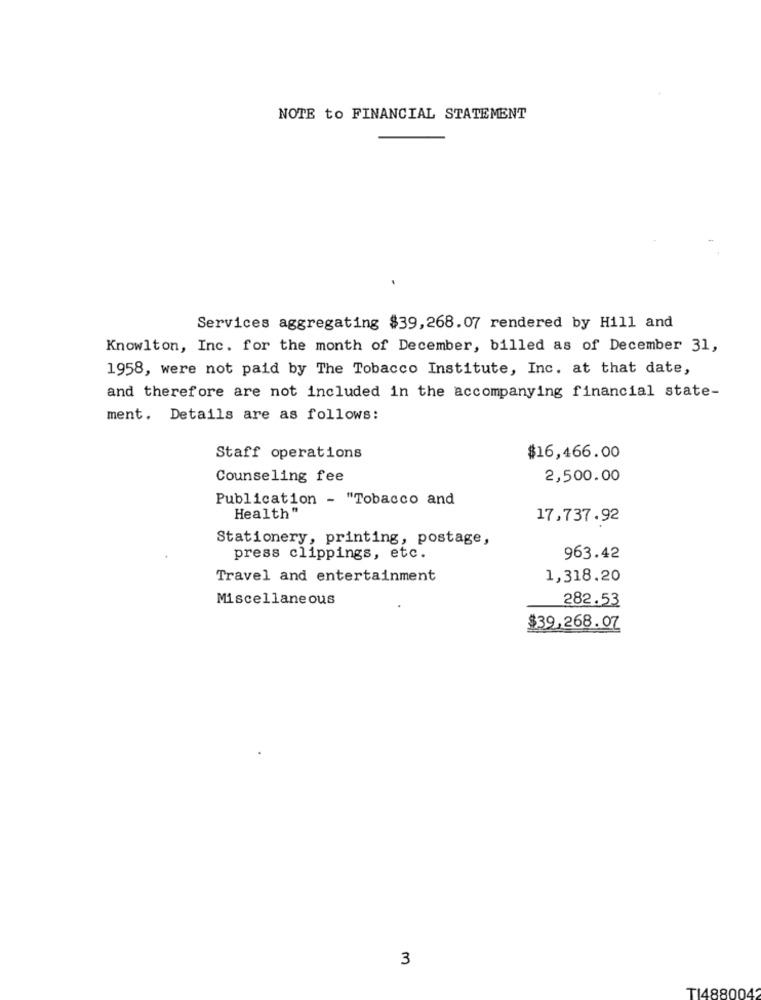
NOTE to FINANCIAL STATEMENT
Services aggregating $39,268.07 rendered by Hill and
Knowlton, Inc. for the month of December, billed as of December 31,
1958, were not paid by The Tobacco Institute, Inc. at that date,
and therefore are not included in the accompanying financial state-
ment. Details are as follows:
Staff operations
$16,466.00
Counseling fee
2,500.00
Publication - "Tobacco and
Health"
17,737.92
Stationery, printing, postage,
press clippings, etc.
963.42
Travel and entertainment
1,318.20
Miscellaneous
282.53
$39,268.07
3
TI488004'